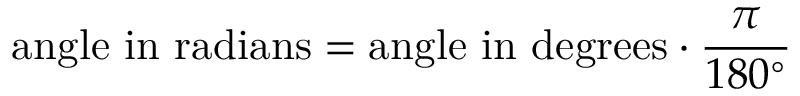
{ \mathrm { a n g l e ~ i n ~ r a d i a n s } } = { \mathrm { a n g l e ~ i n ~ d e g r e e s } } \cdot { \frac { \pi } { 1 8 0 ^ { \circ } } }